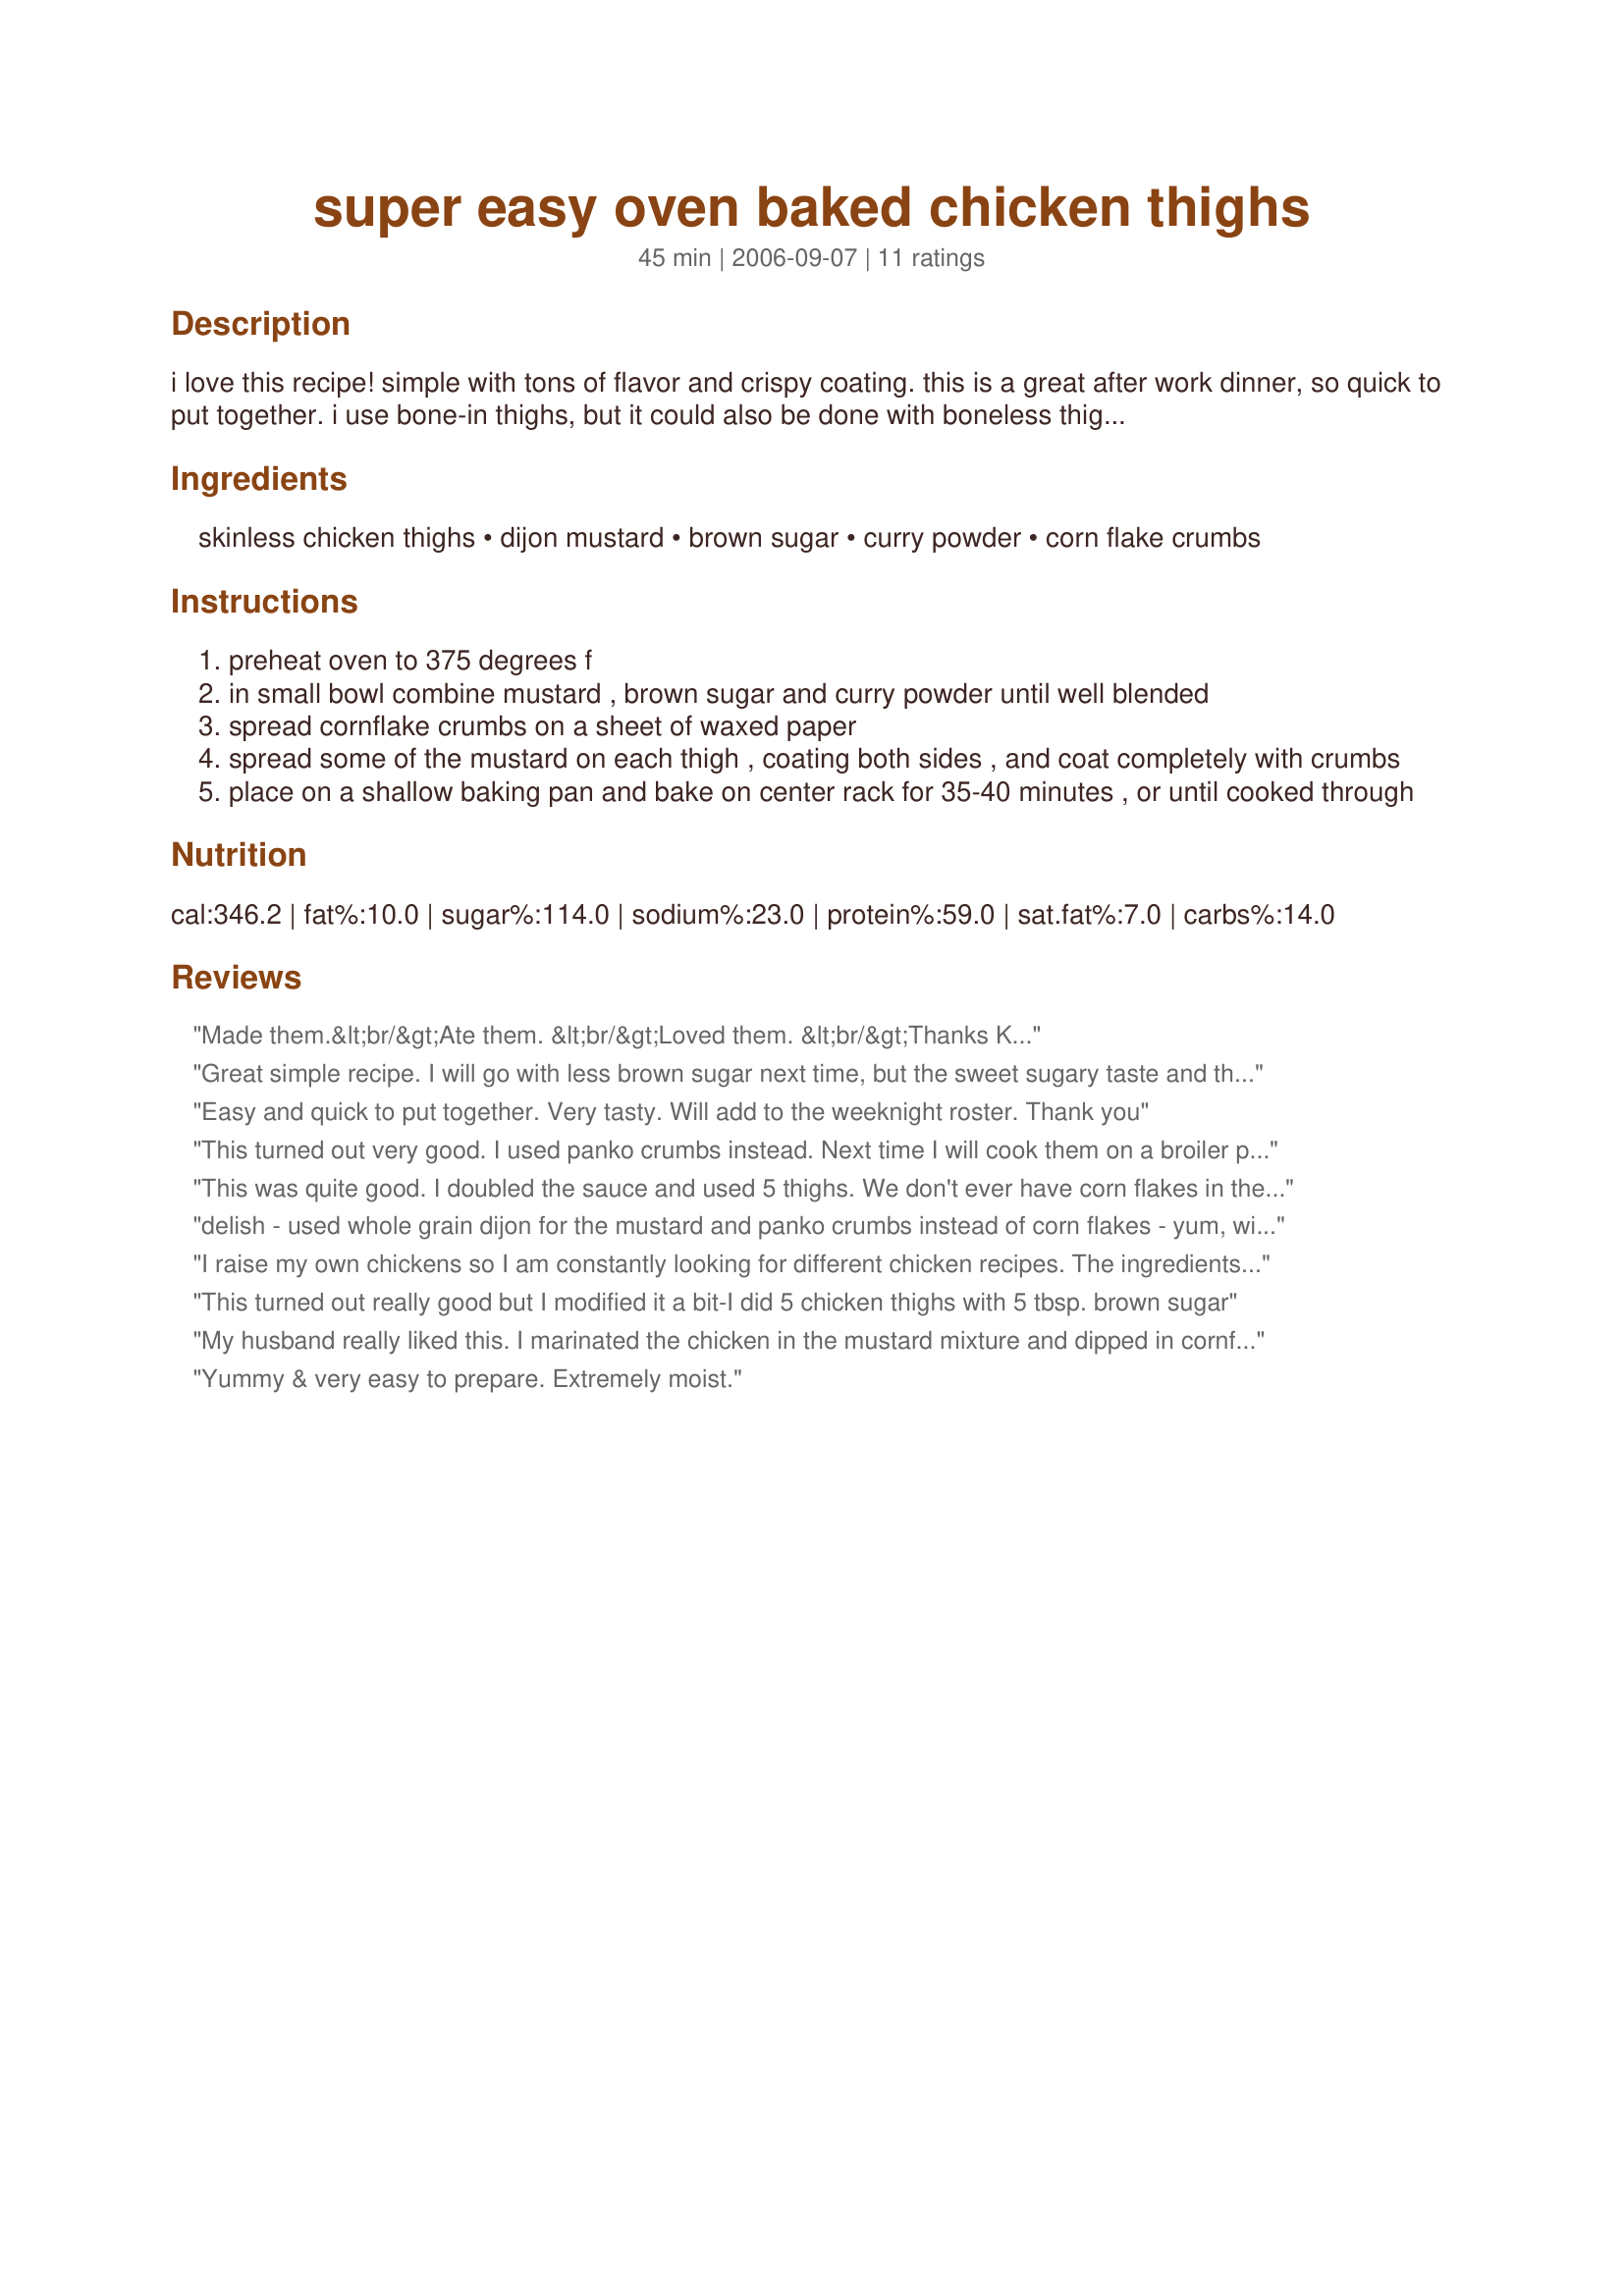
super easy oven baked chicken thighs
Preparation time: 45 minutes

i love this recipe! simple with tons of flavor and crispy coating. this is a great after work dinner, so quick to put together. i use bone-in thighs, but it could also be done with boneless thighs or breasts, just remember to adjust your cooking time accordingly. doubles easily.

Ingredients:
skinless chicken thighs, dijon mustard, brown sugar, curry powder, corn flake crumbs

Steps:
preheat oven to 375 degrees f
in small bowl combine mustard , brown sugar and curry powder until well blended
spread cornflake crumbs on a sheet of waxed paper
spread some of the mustard on each thigh , coating both sides , and coat completely with crumbs
place on a shallow baking pan and bake on center rack for 35-40 minutes , or until cooked through

Reviews:
Made them.&lt;br/&gt;Ate them. &lt;br/&gt;Loved them. &lt;br/&gt;Thanks Kelly!
Great simple recipe. I will go with less brown sugar next time, but the sweet sugary taste and the mustard flavor made a tasty bit of chicken. I used six thighs, half with skin on and and the other with skin removed. Both versions tasted great--the skin-on thighs were crispier. I used Beaver brand deli mustard and don't know if that's what Dijon is but it worked very well. Didn't have corn flakes so used crumbled Life cereal. Very tasty.
Easy and quick to put together. Very tasty. Will add to the weeknight roster. Thank you
This turned out very good. I used panko crumbs instead. Next time I will cook them on a broiler pan to keep it extra cruchy.
This was quite good. I doubled the sauce and used 5 thighs. We don't ever have corn flakes in the house so I used Special K and it was a fine substitution. It wasn't that crunchy, and I think I might like the recipe better without any "breading" at all. The curry and sugar made a nice thick sweet coating.<br/>Overall, this was a fun and easy recipe that all of my family enjoyed. Thanks for sharing.
delish - used whole grain dijon for the mustard and panko crumbs instead of corn flakes - yum, will make again for sure !
I raise my own chickens so I am constantly looking for different chicken recipes. The ingredients in this one seemed really different. I was concerned about the large amount of sugar, but I followed the recipe exactly. I usually make my changes the second time around.. For my taste it was outrageously sweet, but it was a different flavor for chicken. I will not ever ad sugar to a chicken recipe again. But then I am old so may be that is to the taste of another generation. You just need to try it and taste for yourself. The crisp coating and color was beautiful.
This turned out really good but I modified it a bit-I did 5 chicken thighs with 5 tbsp. brown sugar
My husband really liked this. I marinated the chicken in the mustard mixture and dipped in cornflakes at the last minute.
Yummy & very easy to prepare. Extremely moist.
Omg, what a lovely surprise these baked chicken thighs were. We loved the flavors and the texture of this very tasty chicken. It was wonderful, perfectly cooked chicken with a flavor to remember. Made as written but used red Thai curry paste as I was out of curry powder. It worked really well in this dish. Thank you for sharing a recipe that we will be enjoying again and again. Made for Whats on the Menu ? Tag Game 2014.
